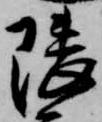
隈